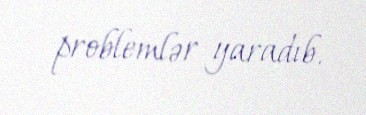
problemlər yaradıb.